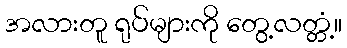
အလားတူ ရုပ်များကို တွေ့လတ္တံ့။